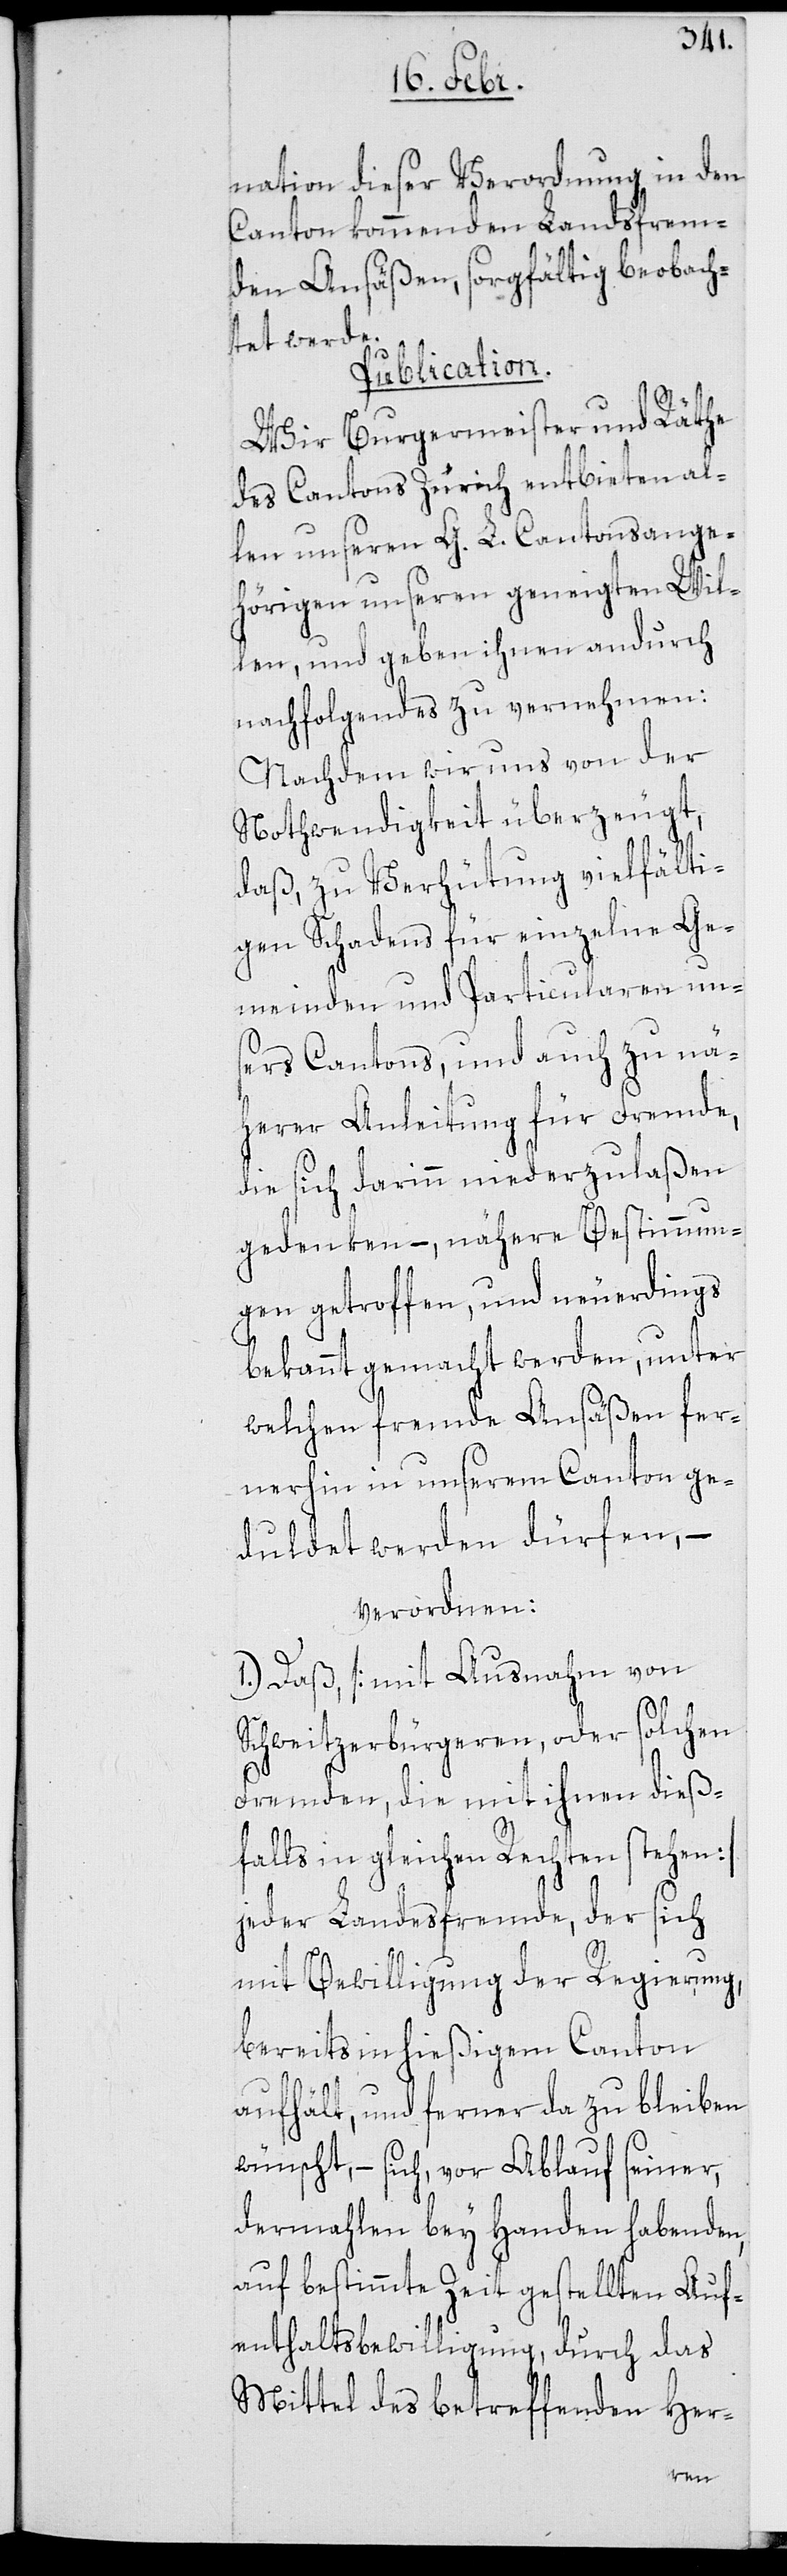
nation dieser Verordnung in den
Canton kommenden Landsfrem¬
den Ansäßen, sorgfältig beobach¬
tet werde.
Publication.
Wir Burgermeister und Räthe
des Cantons Zürich entbieten al¬
len unseren G. L. Cantonsange¬
hörigen unseren geneigten Wil¬
len, und geben ihnen andurch
nachfolgendes zu vernehmen:
Nachdem wir uns von der
Nothwendigkeit überzeugt,
daß, zu Verhütung vielfälti¬
gen Schadens für einzelne Ge¬
meinden und Particularen un¬
sers Cantons, und auch zu nä¬
herer Anleitung für Fremde,
die sich darinn niederzulaßen
gedenken, – nähere Bestimmun¬
gen getroffen, und neuerdings
bekannt gemacht werden, unter
welchen fremde Ansäßen fer¬
nerhin in unserem Canton ge¬
duldet werden dürfen, –
verordnen:
1.) Daß [mit Ausnahme von
Schweitzerbürgeren, oder solchen
Fremden, die mit ihnen dieß¬
falls in gleichen Rechten stehen]
jeder Landesfremde, der sich
mit Bewilligung der Regierung,
bereits in hießigem Canton
aufhält, und ferner da zu bleiben
wünscht, – sich, vor Ablauf seiner
dermahlen bey Handen habenden,
auf bestimmte Zeit gestellten Auf¬
enthaltsbewilligung, durch das
Mittel des betreffenden Her-